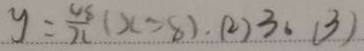
y = \frac { 4 8 } { 2 1 } ( x > 8 ) 、 ( 2 ) 3 、 ( 3 )